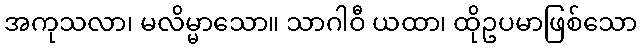
အကုသလာ၊ မလိမ္မာသော။ သာဂါဝီ ယထာ၊ ထိုဥပမာဖြစ်သော